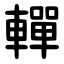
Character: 䡲